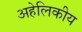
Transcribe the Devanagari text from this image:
अहेलिकीय